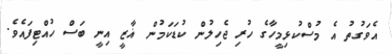
އެވަގުތު އެ މުސްކުޅިމީހާގެ ހުރި ޖެހިލުން ކުޑަކަމުން ޣާޒީ އިނީ ބަސް ހުއްޓިފައެވެ.